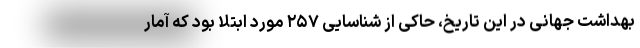
بهداشت جهانی در این تاریخ، حاکی از شناسایی ۲۵۷ مورد ابتلا بود که آمار